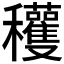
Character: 𥤙